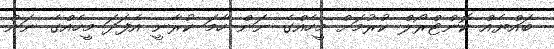
ބައްޔެއް ކޮންޓްރޯލް ކުރުމަށް މީހެއްގެ ނަން ހާމަ ކުރާނީ އެފަދަ މީހެއްގެ ނަން